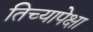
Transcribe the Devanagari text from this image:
तिच्यापेक्षा